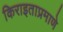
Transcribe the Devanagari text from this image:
किराइताप्रमाणे